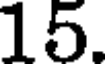
15.